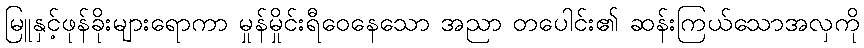
မြူနှင့်ဖုန်ခိုးများရောကာ မှုန်မှိုင်းရီဝေနေသော အညာ တပေါင်း၏ ဆန်းကြယ်သောအလှကို